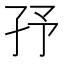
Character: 㜿